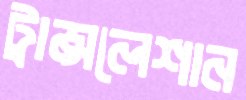
ট্রান্সলেশান